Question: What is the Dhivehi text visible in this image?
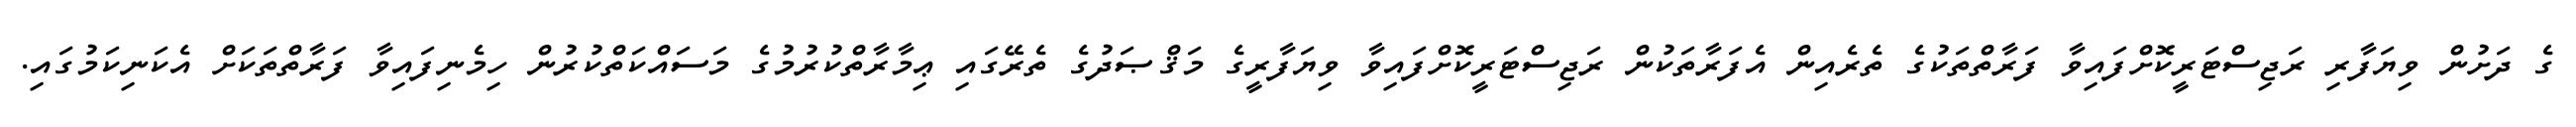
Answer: ގެ ދަށުން ވިޔަފާރި ރަޖިސްޓަރީކޮށްފައިވާ ފަރާތްތަކުގެ ތެރެއިން އެފަރާތަކުން ރަޖިސްޓަރީކޮށްފައިވާ ވިޔަފާރީގެ މަޤްޞަދުގެ ތެރޭގައި ޢިމާރާތްކުރުމުގެ މަސައްކަތްކުރުން ހިމެނިފައިވާ ފަރާތްތަކަށް އެކަނިކަމުގައި.